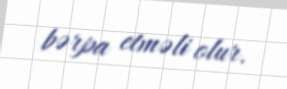
bərpa etməli olur.